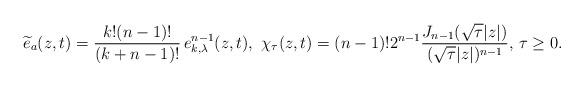
LaTeX: \begin{align*} \widetilde{e}_a(z,t) = \frac{k! (n-1)!}{(k+n-1)!}\, e_{k,\lambda}^{n-1}(z,t),\,\, \chi_\tau(z,t) = (n-1)! 2^{n-1} \frac{J_{n-1}(\sqrt{\tau}|z|)}{(\sqrt{\tau}|z|)^{n-1}}, \, \tau \geq 0.\end{align*}